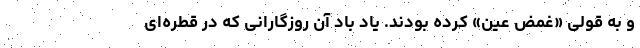
و به قولی «غمض عین» کرده بودند. یاد باد آن روزگارانی که در قطره‌ای